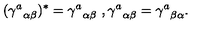
( { \gamma ^ { a } } _ { \alpha \beta } ) ^ { \ast } = { \gamma ^ { a } } _ { \alpha \beta } \ , { \gamma ^ { a } } _ { \alpha \beta } = { \gamma ^ { a } } _ { \beta \alpha } .